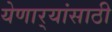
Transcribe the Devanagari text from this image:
येणार्‍यांसाठी